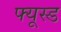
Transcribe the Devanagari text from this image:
फ्यूस्ड